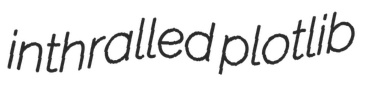
inthralled plotlib